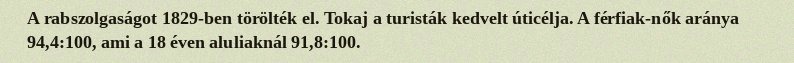
A rabszolgaságot 1829-ben törölték el. Tokaj a turisták kedvelt úticélja. A férfiak-nők aránya 94,4:100, ami a 18 éven aluliaknál 91,8:100.